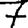
Digit: 7